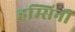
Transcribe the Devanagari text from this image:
हम्सिनी